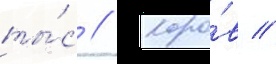
ты́с // Коро́в //